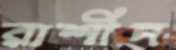
রাশীদ